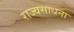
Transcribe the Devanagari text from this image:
राज्यसाधना